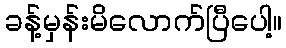
ခန့်မှန်းမိလောက်ပြီပေါ့။